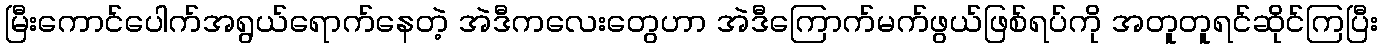
မြီးကောင်ပေါက်အရွယ်ရောက်နေတဲ့ အဲဒီကလေးတွေဟာ အဲဒီကြောက်မက်ဖွယ်ဖြစ်ရပ်ကို အတူတူရင်ဆိုင်ကြပြီး